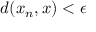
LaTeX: d ( x _ { n } , x ) < \epsilon